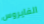
الفايروس